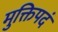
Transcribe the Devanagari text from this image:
मुक्तिपदं